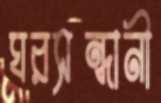
ঘরসন্ধানী